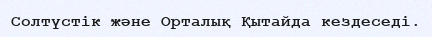
Солтүстік және Орталық Қытайда кездеседі.